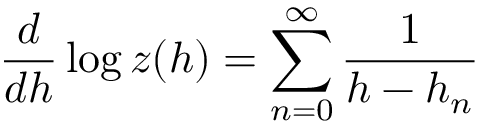
\frac d { d h } \log z ( h ) = \sum _ { n = 0 } ^ { \infty } \frac 1 { h - h _ { n } }